[Report on the health of British troops in the Madras command]
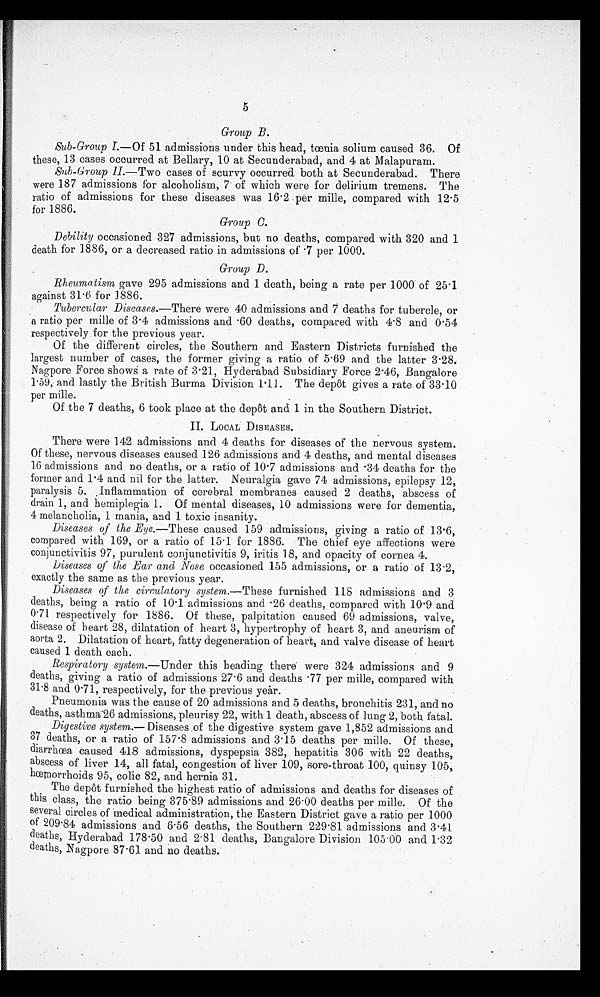
5
Group B.
Sub-Group I.—Of 51 admissions under this head, tœnia solium caused 36. Of
these, 13 cases occurred at Bellary, 10 at Secunderabad, and 4 at Malapuram.
Sub-Group II .—Two cases of scurvy occurred both at Secunderabad. There
were 187 admissions for alcoholism, 7 of which were for delirium tremens. The
ratio of admissions for these diseases was 16.2 per mille, compared with 12.5
for 1886.
Group C.
Debility occasioned 327 admissions, but no deaths, compared with 320 and 1
death for 1886, or a decreased ratio in admissions of .7 per 1000.
Group D.
Rheumatism gave 295 admissions and 1 death, being a rate per 1000 of 25.1
against 31.6 for 1886.
Tubercular Diseases. —There were 40 admissions and 7 deaths for tubercle, or
a ratio per mille of 3.4 admissions and .60 deaths, compared with 4.8 and 0.54
respectively for the previous year.
Of the different circles, the Southern and Eastern Districts furnished the
largest number of cases, the former giving a ratio of 5.69 and the latter 3.28.
Nagpore Force shows a rate of 3.21, Hyderabad Subsidiary Force 2.46, Bangalore
1.59, and lastly the British Burma Division 1.11. The depôt gives a rate of 33.10
per mille.
Of the 7 deaths, 6 took place at the depôt and 1 in the Southern District.
II. LOCAL DISEASES.
There were 142 admissions and 4 deaths for diseases of the nervous system.
Of these, nervous diseases caused 126 admissions and 4 deaths, and mental diseases
16 admissions and no deaths, or a ratio of 10.7 admissions and .34 deaths for the
former and 1.4 and nil for the latter. Neuralgia gave 74 admissions, epilepsy 12,
paralysis 5. Inflammation of cerebral membranes caused 2 deaths, abscess of
drain 1, and hemiplegia 1. Of mental diseases, 10 admissions were for dementia,
4 melancholia, 1 mania, and 1 toxic insanity.
Diseases of the Eye.—These caused 159 admissions, giving a ratio of 13.6,
compared with 169, or a ratio of 15.1 for 1886. The chief eye affections were
conjunctivitis 97, purulent conjunctivitis 9, iritis 18, and opacity of cornea 4.
Diseases of the Ear and Nose occasioned 155 admissions, or a ratio of 13.2,
exactly the same as the previous year.
Diseases of the circulatory system .—These furnished 118 admissions and 3
deaths, being a ratio of 10.1 admissions and .26 deaths, compared with 10.9 and
0.71 respectively for 1886. Of these, palpitation caused 69 admissions, valve,
disease of heart 28, dilatation of heart 3, hypertrophy of heart 3, and aneurism of
aorta 2. Dilatation of heart, fatty degeneration of heart, and valve disease of heart
caused 1 death each.
Respiratory system.—Under this heading there were 324 admissions and 9
deaths, giving a ratio of admissions 27.6 and deaths .77 per mille, compared with
31.8 and 0.71, respectively, for the previous year.
Pneumonia was the cause of 20 admissions and 5 deaths, bronchitis 231, and no
deaths, asthma 26 admissions, pleurisy 22, with 1 death, abscess of lung 2, both fatal.
Digestive system.— Diseases of the digestive system gave 1,852 admissions and
37 deaths, or a ratio of 157.8 admissions and 3.15 deaths per mille. Of these,
diarrhœa caused 418 admissions, dyspepsia 382, hepatitis 306 with 22 deaths,
abscess of liver 14, all fatal, congestion of liver 109, sore-throat 100, quinsy 105,
hœmorrhoids 95, colic 82, and hernia 31.
The depôt furnished the highest ratio of admissions and deaths for diseases of
this class, the ratio being 375.89 admissions and 26.00 deaths per mille. Of the
several circles of medical administration, the Eastern District gave a ratio per 1000
of 209.84 admissions and 6.56 deaths, the Southern 229.81 admissions and 3.41
deaths, Hyderabad 178.50 and 2.81 deaths, Bangalore Division 105.00 and 1.32
deaths, Nagpore 87.61 and no deaths.